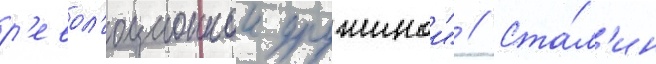
р'евол'юционнои дружинои" // Ста́л'ин